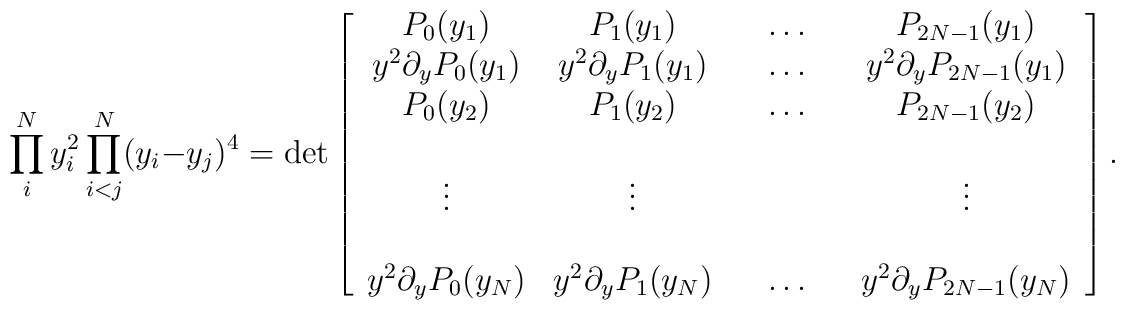
\prod _{i} ^{N} y_{i}^{2} \prod _{i<j} ^{N} (y_{i} - y_{j})^{4} =\det \left[\begin{array}{cccccc}P_{0}(y_{1}) & P_{1}(y_{1}) & & \ldots & & P_{2N-1}(y_{1}) \\y^{2} \partial_{y} P_{0}(y_{1}) & y^{2} \partial_{y} P_{1}(y_{1}) & & \ldots &&y^{2} \partial_{y} P_{2N-1}(y_{1}) \\P_{0}(y_{2}) & P_{1}(y_{2}) & & \ldots & & P_{2N-1}(y_{2}) \\ & & & & &  \\\vdots & \vdots & & & & \vdots \\ & & & & &  \\y^{2} \partial_{y} P_{0}(y_{N}) & y^{2} \partial_{y} P_{1}(y_{N}) & & \ldots &&y^{2} \partial_{y} P_{2N-1}(y_{N})\end{array}\right].